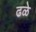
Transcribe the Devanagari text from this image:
ढळे